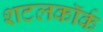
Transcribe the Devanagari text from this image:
शटलकॉर्क